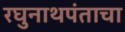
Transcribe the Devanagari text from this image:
रघुनाथपंताचा